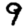
Digit: 9